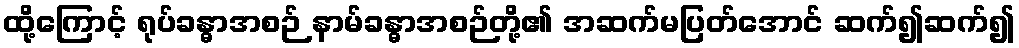
ထို့ကြောင့် ရုပ်ခန္ဓာအစဉ် နာမ်ခန္ဓာအစဉ်တို့၏ အဆက်မပြတ်အောင် ဆက်၍ဆက်၍